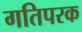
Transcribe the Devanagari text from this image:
गतिपरक